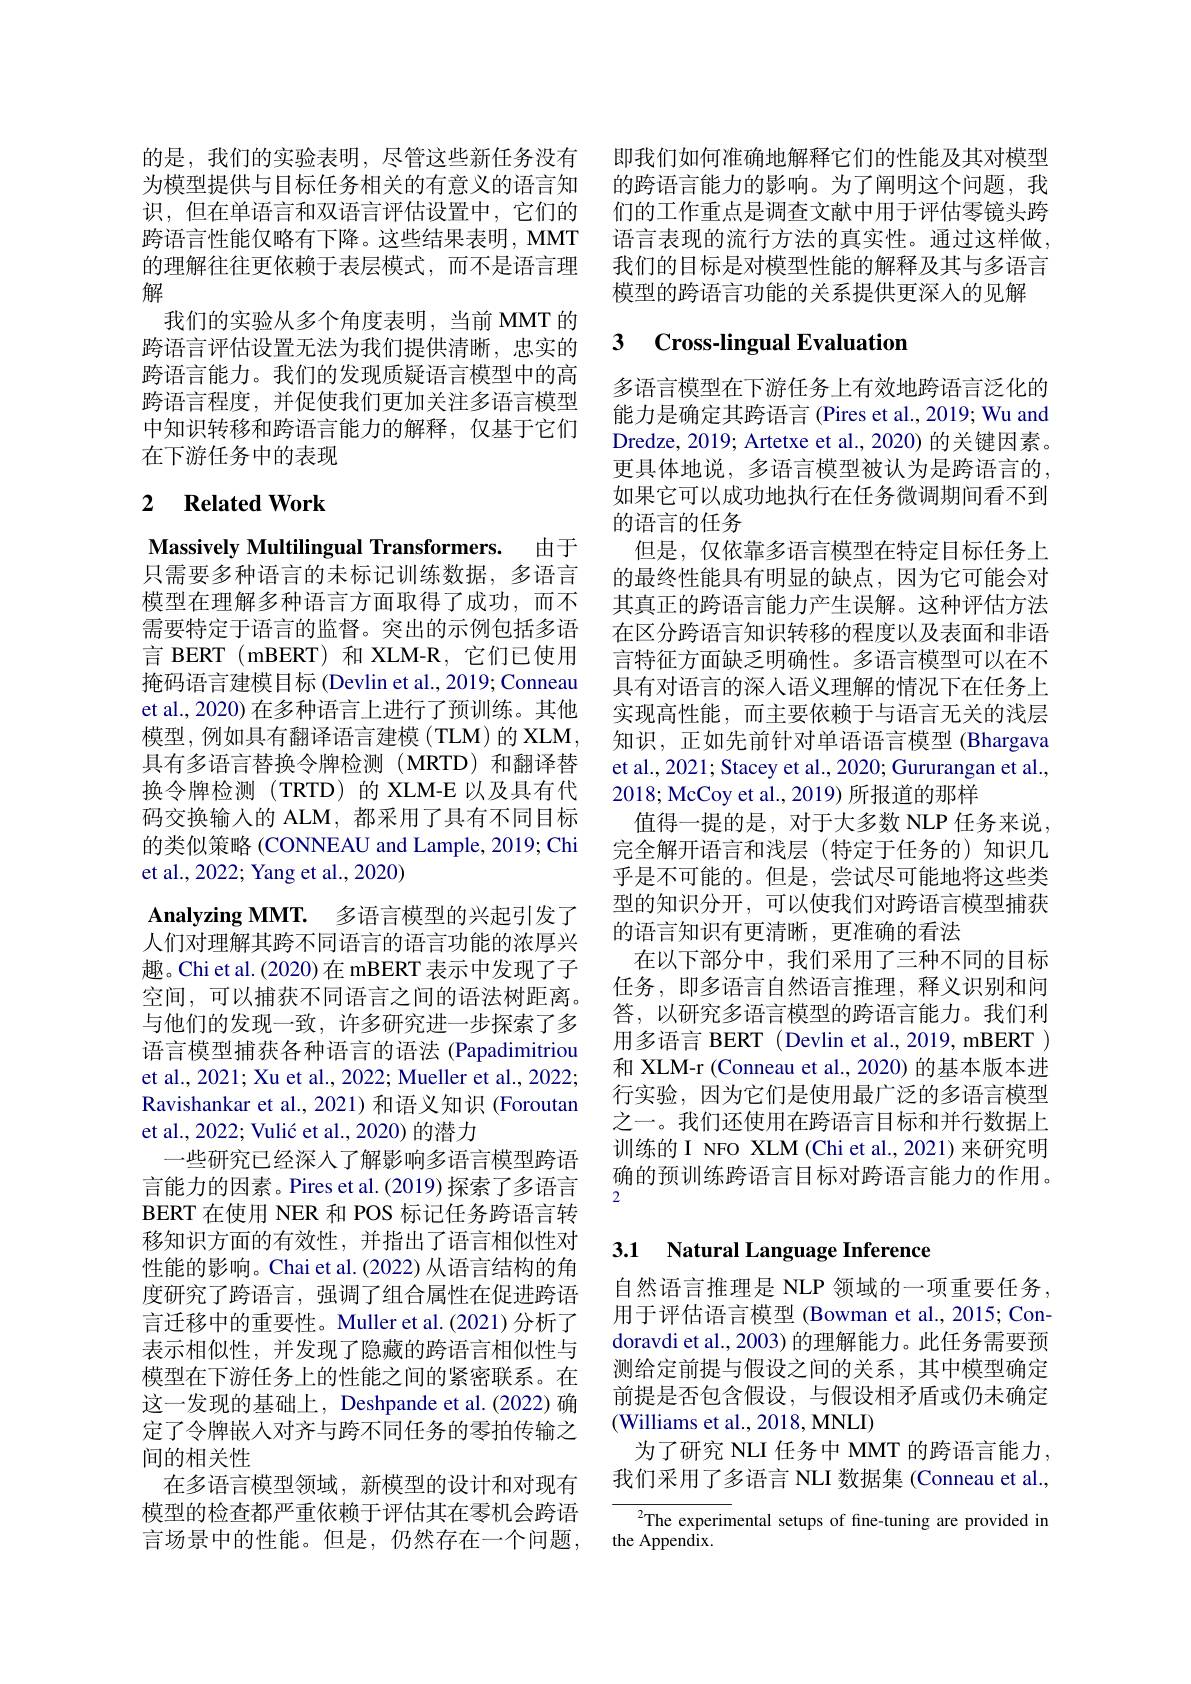
的是，我们的实验表明，尽管这些新任务没有为模型提供与目标任务相关的有意义的语言知识，但在单语言和双语言评估设置中，它们的跨语言性能仅略有下降。这些结果表明，MMT 的理解往往更依赖于表层模式，而不是语言理解
我们的实验从多个角度表明，当前 MMT 的跨语言评估设置无法为我们提供清晰，忠实的跨语言能力。我们的发现质疑语言模型中的高跨语言程度，并促使我们更加关注多语言模型中知识转移和跨语言能力的解释，仅基于它们在下游任务中的表现

## 2 $\textbf{Related Work}$

Massively Multilingual Transformers. 由于只需要多种语言的未标记训练数据，多语言模型在理解多种语言方面取得了成功，而不需要特定于语言的监督。突出的示例包括多语言 BERT(mBERT)和 XLM-R,它们已使用掩码语言建模目标 (Devlin et al., 2019; Conneau et al., 2020) 在多种语言上进行了预训练。其他模型，例如具有翻译语言建模(TLM)的 XLM, 具有多语言替换令牌检测(MRTD)和翻译替换令牌检测(TRTD)的 XLM-E 以及具有代码交换输入的 ALM, 都采用了具有不同目标的类似策略 (CONNEAU and Lample, 2019; Chi et al., 2022; Yang et al., 2020)
$\textbf{Analyzing MMT. }$ 多 语 言 模 型 的 兴 起 引 发 了 人们对理解其跨不同语言的语言功能的浓厚兴趣。Chi et al. (2020)在 mBERT 表示中发现了子空间，可以捕获不同语言之间的语法树距离。与他们的发现一致，许多研究进一步探索了多语言模型捕获各种语言的语法 (Papadimitriou et al., 2021; Xu et al., 2022; Mueller et al., 2022; Ravishankar et al., 2021) 和语义知识 (Foroutan et al., 2022; Vulić et al., 2020) 的潜力
一些研究已经深入了解影响多语言模型跨语言能力的因素。Pires et al. (2019) 探索了多语言BERT 在使用 NER 和 POS 标记任务跨语言转移知识方面的有效性，并指出了语言相似性对性能的影响。Chai et al. (2022) 从语言结构的角度研究了跨语言，强调了组合属性在促进跨语言迁移中的重要性。Muller et al.(2021)分析了表示相似性，并发现了隐藏的跨语言相似性与模型在下游任务上的性能之间的紧密联系。在这一发现的基础上，Deshpande et al.(2022) 确定了令牌嵌人对齐与跨不同任务的零拍传输之间的相关性
在多语言模型领域，新模型的设计和对现有模型的检查都严重依赖于评估其在零机会跨语言场景中的性能。但是，仍然存在一个问题，

即我们如何准确地解释它们的性能及其对模型的跨语言能力的影响。为了阐明这个问题，我们的工作重点是调查文献中用于评估零镜头跨语言表现的流行方法的真实性。通过这样做， 我们的目标是对模型性能的解释及其与多语言模型的跨语言功能的关系提供更深入的见解

## 3 Cross-lingual Evaluation

多语言模型在下游任务上有效地跨语言泛化的能力是确定其跨语言 (Pires et al., 2019; Wu and Dredze, 2019; Artetxe et al., 2020) 的关键因素。更具体地说，多语言模型被认为是跨语言的， 如果它可以成功地执行在任务微调期间看不到的语言的任务
但是，仅依靠多语言模型在特定目标任务上的最终性能具有明显的缺点，因为它可能会对其真正的跨语言能力产生误解。这种评估方法在区分跨语言知识转移的程度以及表面和非语言特征方面缺乏明确性。多语言模型可以在不具有对语言的深入语义理解的情况下在任务上实现高性能，而主要依赖于与语言无关的浅层知识，正如先前针对单语语言模型 (Bhargava et al., 2021; Stacey et al., 2020; Gururangan et al., 2018; McCoy et al., 2019) 所报道的那样
值得一提的是，对于大多数 NLP 任务来说， 完全解开语言和浅层(特定于任务的)知识几乎是不可能的。但是，尝试尽可能地将这些类型的知识分开，可以使我们对跨语言模型捕获的语言知识有更清晰，更准确的看法
在以下部分中，我们采用了三种不同的目标任务，即多语言自然语言推理，释义识别和问答，以研究多语言模型的跨语言能力。我们利用多语言 BERT (Devlin et al., 2019, mBERT ) 和 XLM-r (Conneau et al., 2020) 的基本版本进行实验，因为它们是使用最广泛的多语言模型之一。我们还使用在跨语言目标和并行数据上训练的 I NFO XLM (Chi et al.,2021) 来研究明确的预训练跨语言目标对跨语言能力的作用。2

## 3.1 Natural Language Inference

自然语言推理是 NLP 领域的一项重要任务， 用于评估语言模型 (Bowman et al., 2015; Condoravdi et al., 2003) 的理解能力。此任务需要预测给定前提与假设之间的关系，其中模型确定前提是否包含假设，与假设相矛盾或仍未确定(Williams et al., 2018, MNLI)
为了研究 NLI 任务中 MMT 的跨语言能力， 我们采用了多语言 NLI 数据集 (Conneau et al.,

${^{2}\text{The experimental setups of fine-tuning are provided in}}$
the Appendix